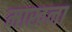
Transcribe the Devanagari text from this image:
माखना